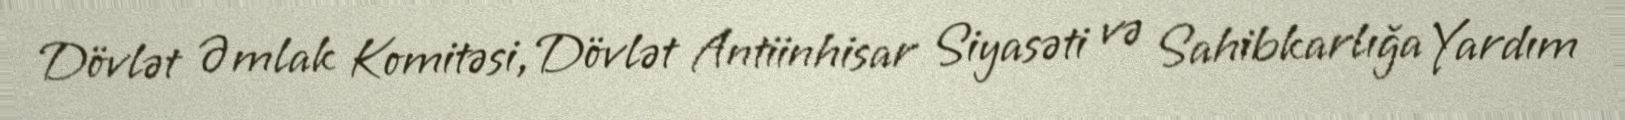
Dövlət Əmlak Komitəsi, Dövlət Antiinhisar Siyasəti və Sahibkarlığa Yardım